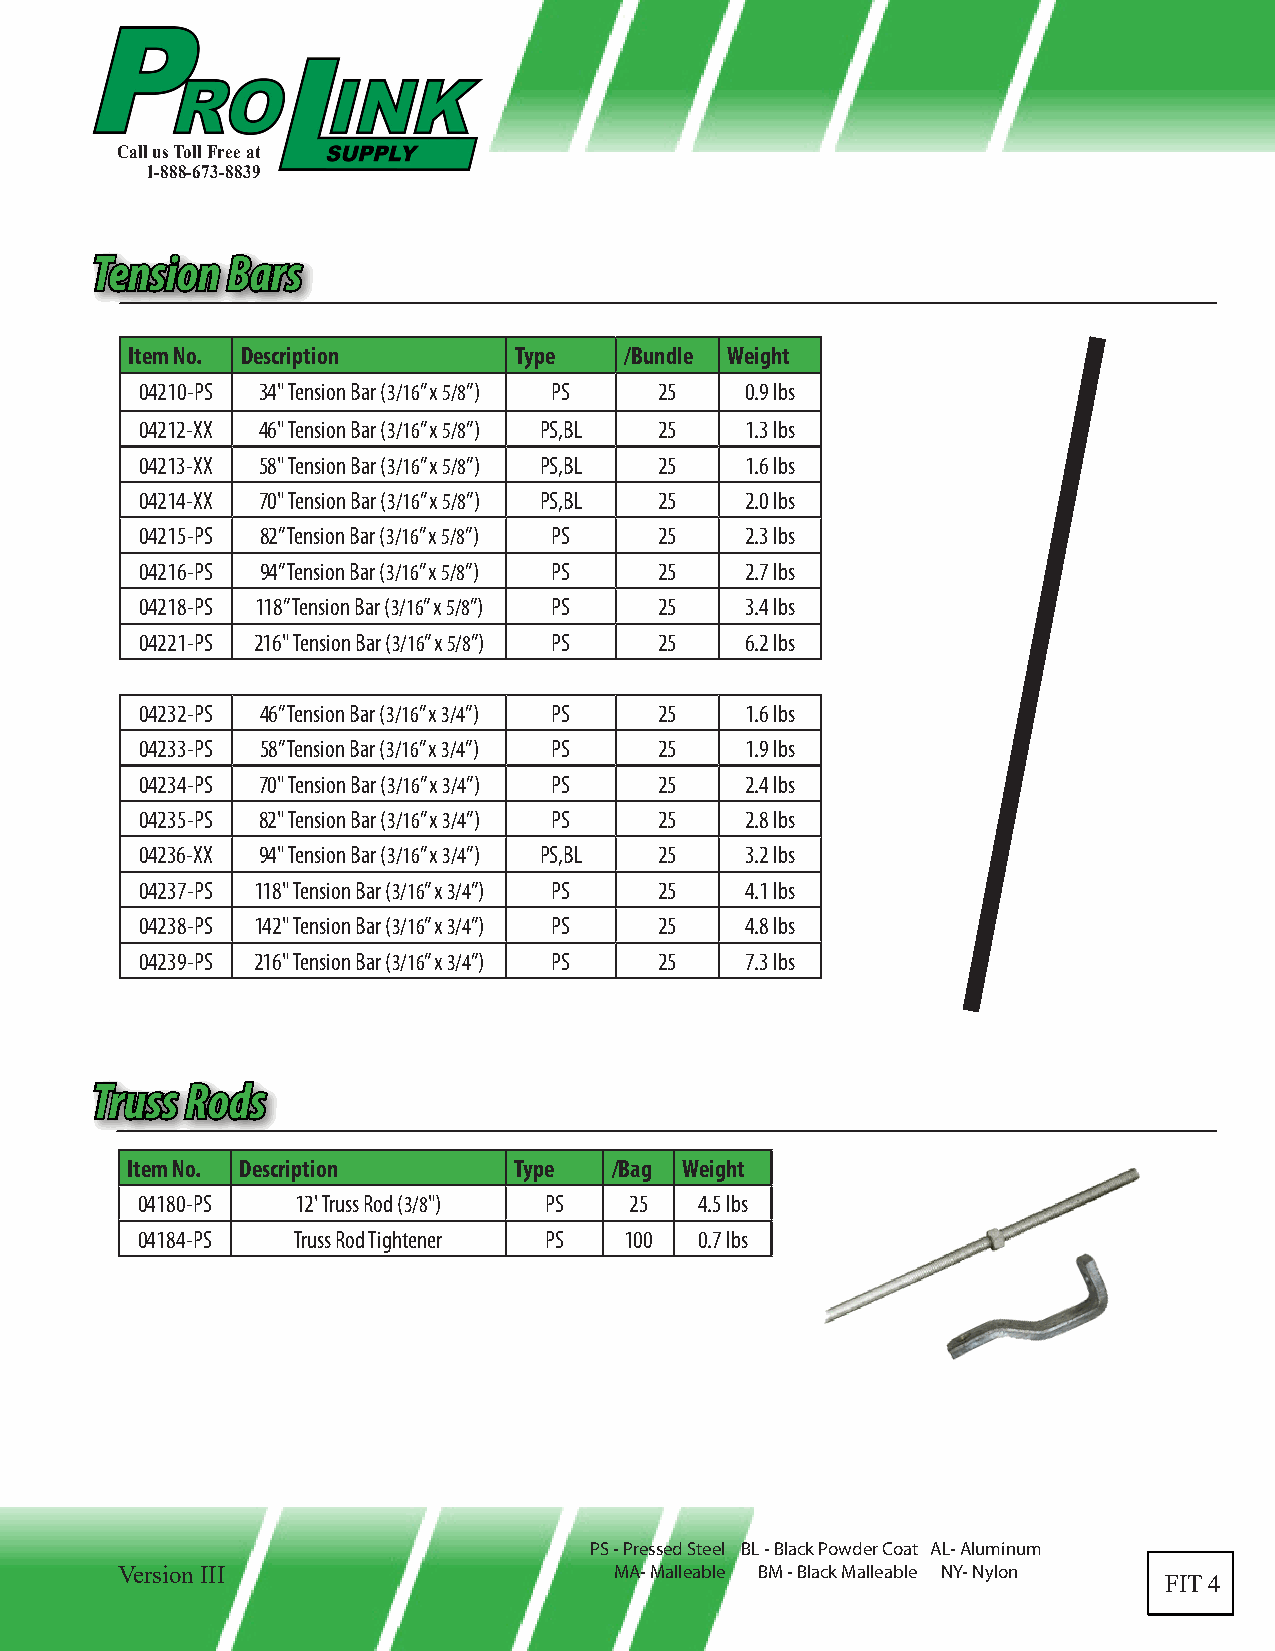
Call us Toll Free at
 1-888-673-8839
 TTeennssiioonn BBaarrss
 Item No. Description      Type   /Bundle Weight
 04210-PS 34" Tension Bar (3/16” x 5/8”) PS 25 0.9 lbs
 04212-XX 46" Tension Bar (3/16” x 5/8”) PS,BL 25 1.3 lbs
 04213-XX 58" Tension Bar (3/16” x 5/8”) PS,BL 25 1.6 lbs
 04214-XX 70" Tension Bar (3/16” x 5/8”) PS,BL 25 2.0 lbs
 04215-PS 82” Tension Bar (3/16” x 5/8”) PS 25 2.3 lbs
 04216-PS 94” Tension Bar (3/16” x 5/8”) PS 25 2.7 lbs
 04218-PS 118” Tension Bar (3/16” x 5/8”) PS 25 3.4 lbs
 04221-PS 216" Tension Bar (3/16” x 5/8”) PS 25 6.2 lbs
 04232-PS 46” Tension Bar (3/16” x 3/4”) PS 25 1.6 lbs
 04233-PS 58” Tension Bar (3/16” x 3/4”) PS 25 1.9 lbs
 04234-PS 70" Tension Bar (3/16” x 3/4”) PS 25 2.4 lbs
 04235-PS 82" Tension Bar (3/16” x 3/4”) PS 25 2.8 lbs
 04236-XX 94" Tension Bar (3/16” x 3/4”) PS,BL 25 3.2 lbs
 04237-PS 118" Tension Bar (3/16” x 3/4”) PS 25 4.1 lbs
 04238-PS 142" Tension Bar (3/16” x 3/4”) PS 25 4.8 lbs
 04239-PS 216" Tension Bar (3/16” x 3/4”) PS 25 7.3 lbs
 TTrruussss RRooddss
 Item No. Description      Type  /Bag Weight
 04180-PS   12' Truss Rod (3/8") PS 25 4.5 lbs
 04184-PS  Truss Rod Tightener PS 100 0.7 lbs
 PS - Pressed Steel BL - Black Powder Coat AL- Aluminum
 Version III                      MA- Malleable BM - Black Malleable NY- Nylon
 FIT 4